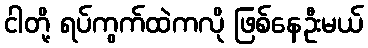
ငါတို့ ရပ်ကွက်ထဲကလို ဖြစ်နေဦးမယ်